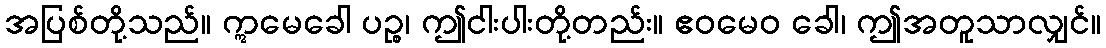
အပြစ်တို့သည်။ ဣမေခေါ ပဉ္စ၊ ဤငါးပါးတို့တည်း။ ဧဝမေဝ ခေါ၊ ဤအတူသာလျှင်။